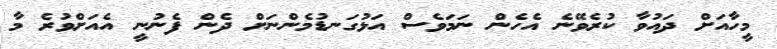
މީހާއަށް ދައުވާ ކުރެވޭނެ އެހެން ނަމަވެސް އަޅުގަނޑުމެންނަށް ދެން ފެނުނީ އެއަށްވުރެ މާ